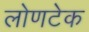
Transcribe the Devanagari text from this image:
लोणटेक